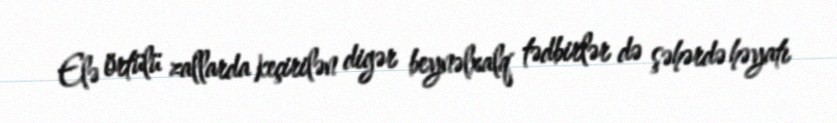
Elə örtülü zallarda keçirilən digər beynəlxalq tədbirlər də şəhərdə həyatı